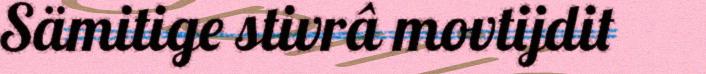
Sämitige stivrâ movtijdit